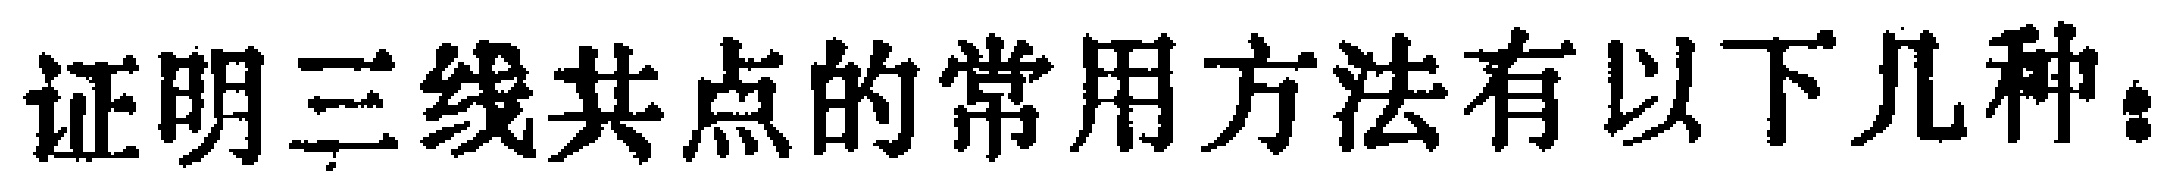
证明三线共点的常用方法有以下几种：